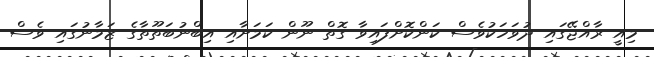
މިއީ ރާއްޖޭގައި ދުވަހަކުވެސް ކަންކޮށްފައިވާ ގޮތް ނޫން ކަމަށާއި އިބްނުބަތޫތާގެ ޒަމާނުގައި ވެސް